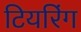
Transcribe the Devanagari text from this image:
टियरिंग